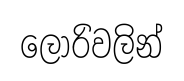
ලොරිවලින්